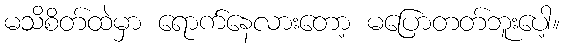
မသိစိတ်ထဲမှာ ရောက်နေလားတော့ မပြောတတ်ဘူးပေါ့။